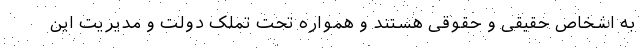
به اشخاص حقیقی و حقوقی هستند و همواره تحت تملک دولت و مدیریت این